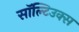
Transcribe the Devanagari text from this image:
सॉल्टिउक्स